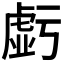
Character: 𧇊